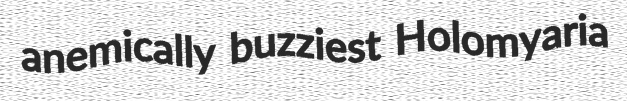
anemically buzziest Holomyaria